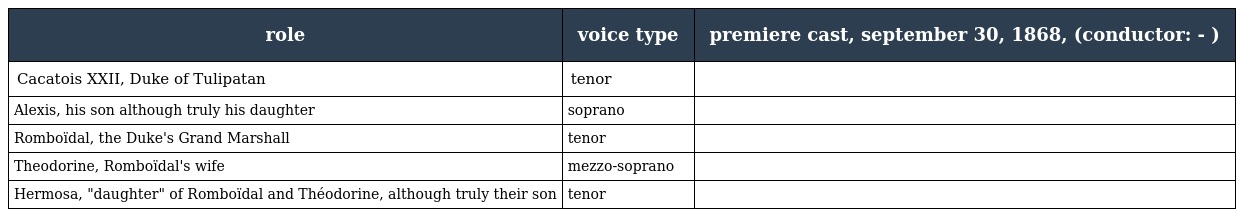
| role | voice type | premiere cast, september 30, 1868, (conductor: - ) |
 | --- | --- | --- |
 | Cacatois XXII, Duke of Tulipatan | tenor |  |
 | Alexis, his son although truly his daughter | soprano |  |
 | Romboïdal, the Duke's Grand Marshall | tenor |  |
 | Theodorine, Romboïdal's wife | mezzo-soprano |  |
 | Hermosa, "daughter" of Romboïdal and Théodorine, although truly their son | tenor |  |